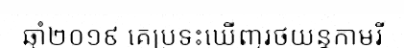
ឆ្នាំ២០១៩ គេប្រទះឃើញរថយន្តកាមរី